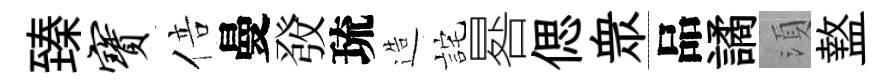
臻宝倍曼𤼲琉造詫晷偲衆品譎湏盩